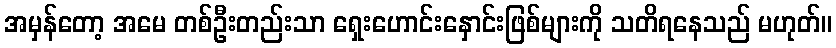
အမှန်တော့ အမေ တစ်ဦးတည်းသာ ရှေးဟောင်းနှောင်းဖြစ်များကို သတိရနေသည် မဟုတ်။